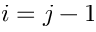
i = j - 1